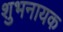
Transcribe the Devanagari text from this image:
शुभनायक